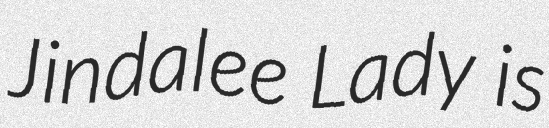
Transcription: Jindalee Lady is